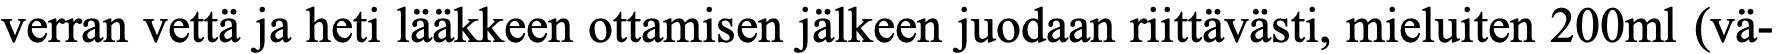
verran vettä ja heti lääkkeen ottamisen jälkeen juodaan riittävästi, mieluiten 200ml (vä-